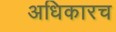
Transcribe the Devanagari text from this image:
अधिकारच